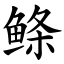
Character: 鲦